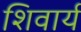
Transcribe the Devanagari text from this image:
शिवार्य